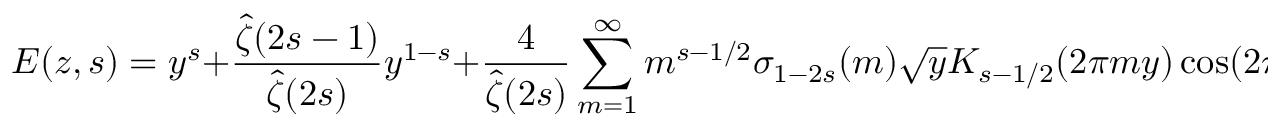
E ( z , s ) = y ^ { s } + { \frac { { \hat { \zeta } } ( 2 s - 1 ) } { { \hat { \zeta } } ( 2 s ) } } y ^ { 1 - s } + { \frac { 4 } { { \hat { \zeta } } ( 2 s ) } } \sum _ { m = 1 } ^ { \infty } m ^ { s - 1 / 2 } \sigma _ { 1 - 2 s } ( m ) { \sqrt { y } } K _ { s - 1 / 2 } ( 2 \pi m y ) \cos ( 2 \pi m x ) \ ,